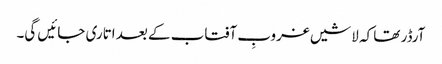
آرڈر تھا کہ لاشیں غروبِ آفتاب کے بعد اتاری جائیں گی۔